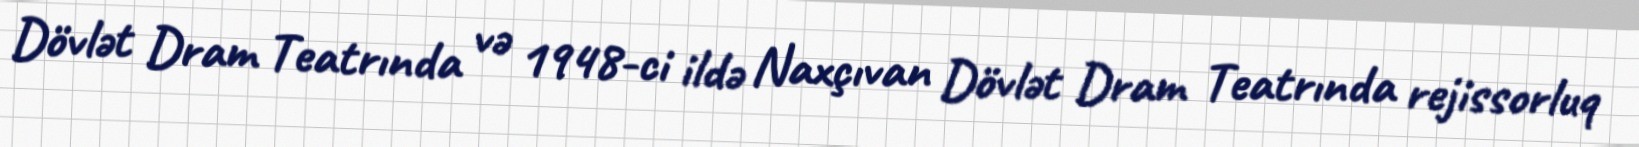
Dövlət Dram Teatrında və 1948-ci ildə Naxçıvan Dövlət Dram Teatrında rejissorluq